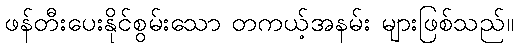
ဖန်တီးပေးနိုင်စွမ်းသော တကယ့်အနမ်း များဖြစ်သည်။